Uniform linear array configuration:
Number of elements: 4
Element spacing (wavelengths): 0.75
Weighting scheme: blackman
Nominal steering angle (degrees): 60
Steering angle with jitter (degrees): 59.588
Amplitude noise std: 0.05
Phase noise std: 0.05

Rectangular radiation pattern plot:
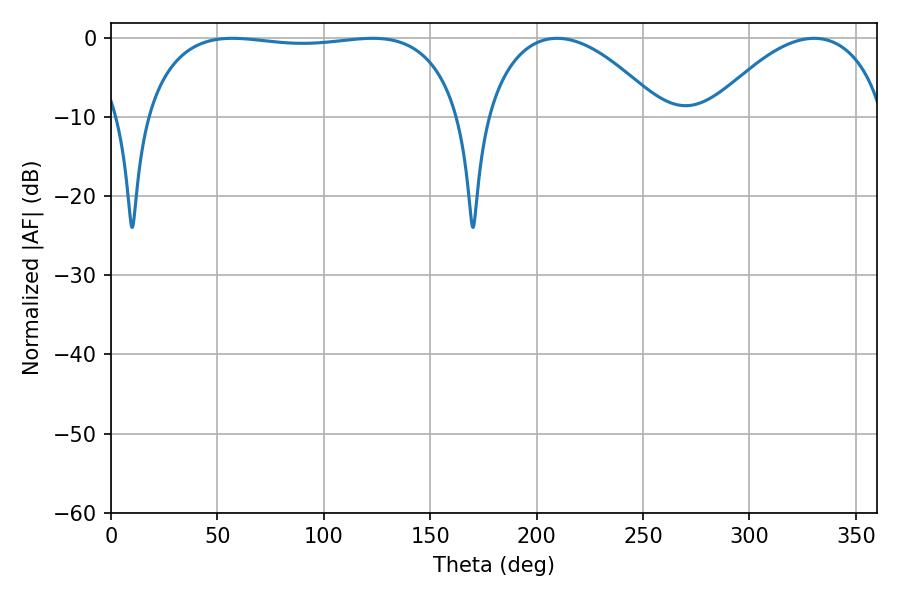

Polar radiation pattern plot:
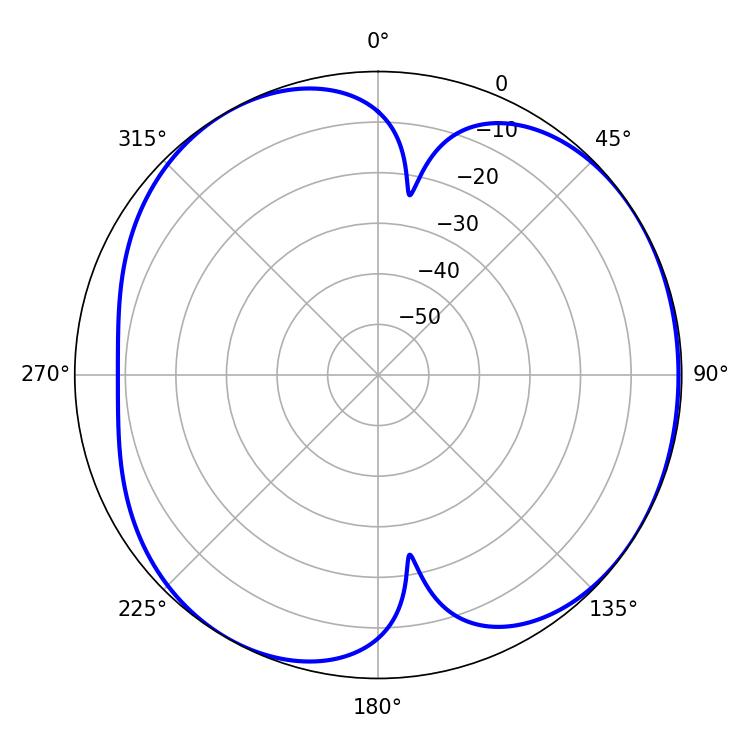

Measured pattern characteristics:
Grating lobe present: TRUE
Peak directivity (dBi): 4.949
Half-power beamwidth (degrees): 119.16
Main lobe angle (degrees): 57.06